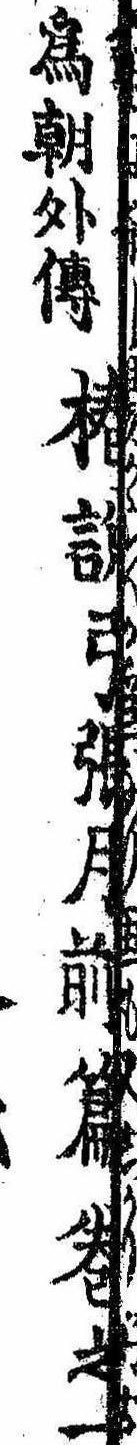
為朝外伝椿説弓張月前篇巻之一